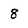
Character: 8